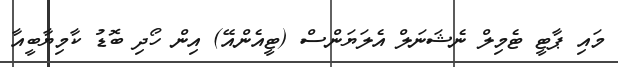
މައި ޕާޓީ ޓެމިލް ނެޝަނަލް އެލަޔަންސް (ޓީއެންއޭ) އިން ހޯދި ބޮޑު ކާމިޔާބީއާ